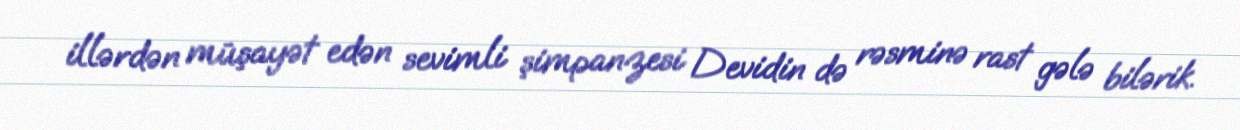
illərdən müşayət edən sevimli şimpanzesi Devidin də rəsminə rast gələ bilərik.